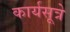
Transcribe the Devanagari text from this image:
कार्यसूत्रे